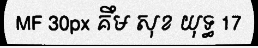
MF 30px គឹម សុខ យុទ្ធ 17